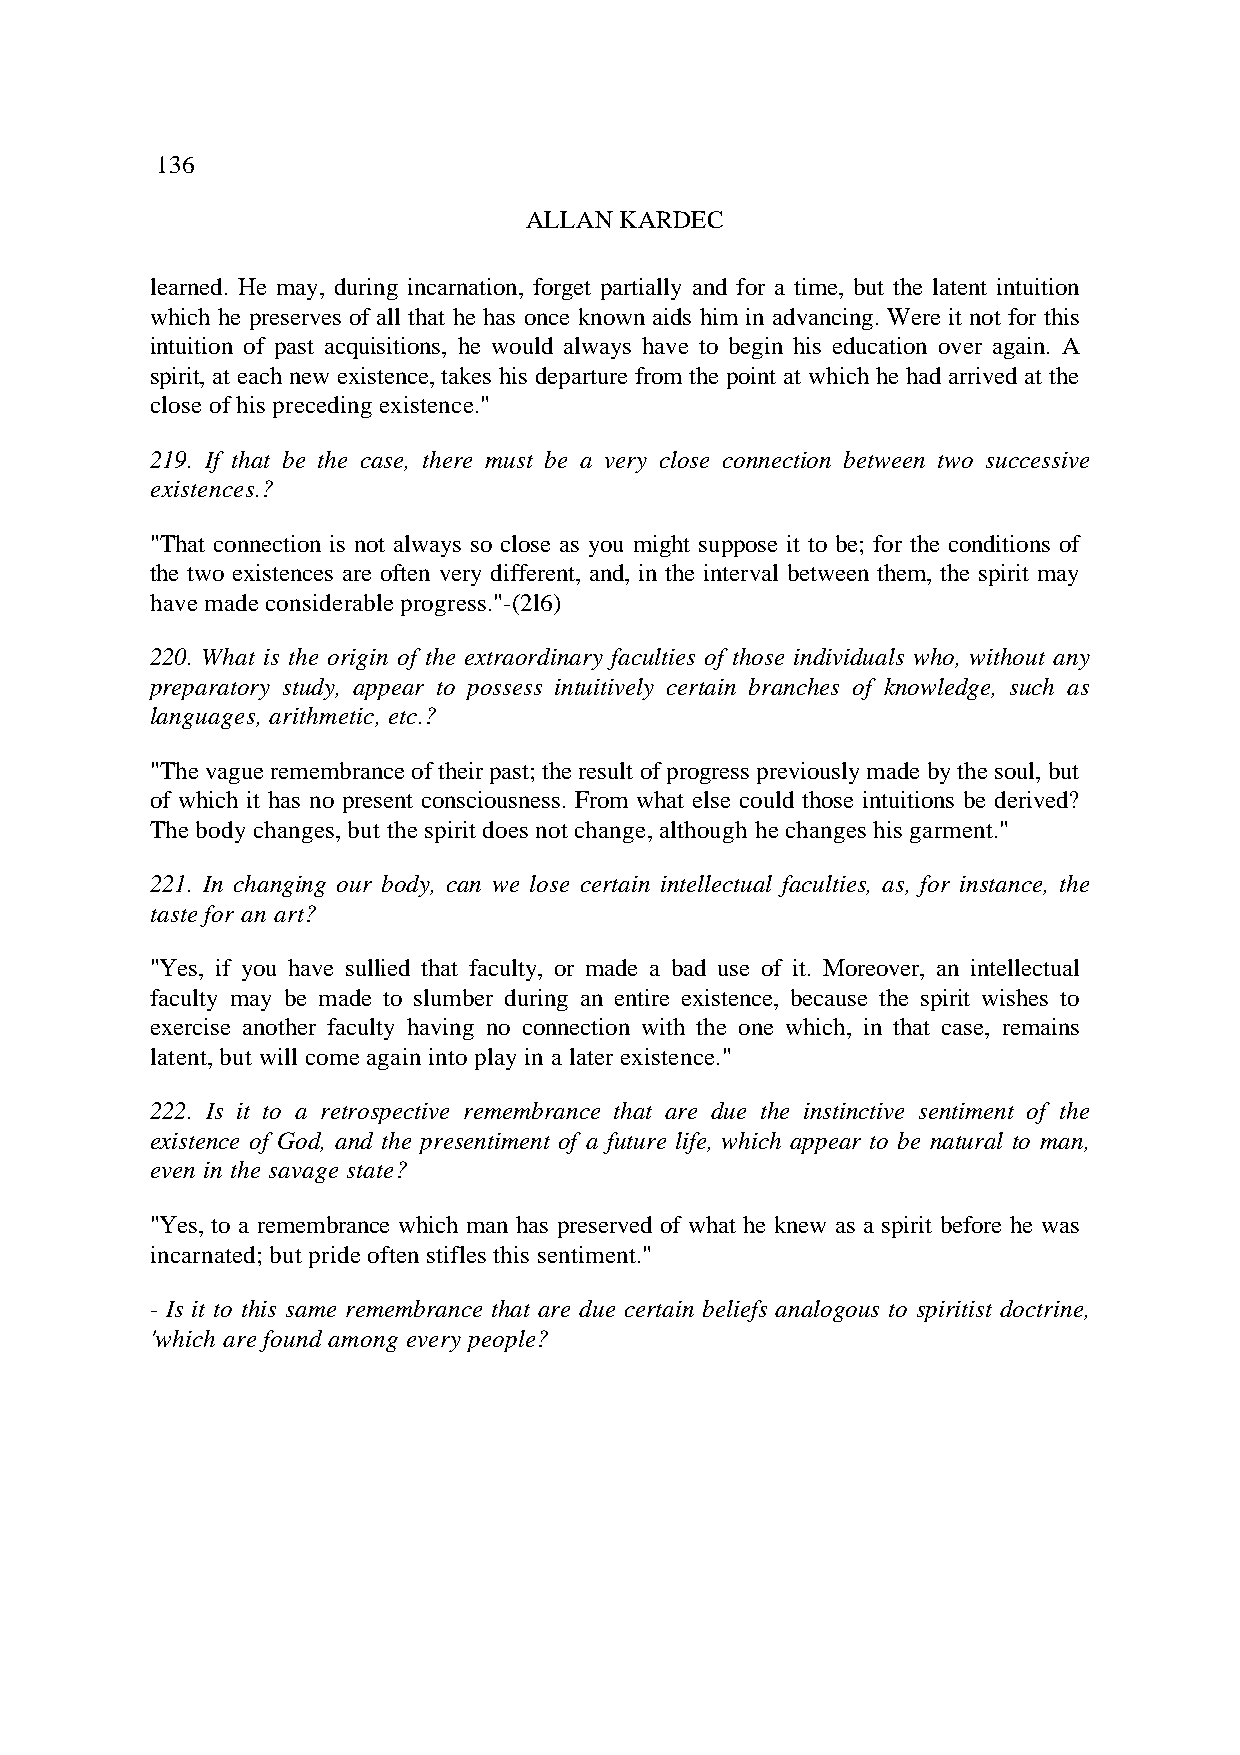
136
 ALLAN KARDEC
 learned. He may, during incarnation, forget partially and for a time, but the latent intuition
 which he preserves of all that he has once known aids him in advancing. Were it not for this
 intuition of past acquisitions, he would always have to begin his education over again. A
 spirit, at each new existence, takes his departure from the point at which he had arrived at the
 close of his preceding existence."
 219. If that be the case, there must be a very close connection between two successive
 existences.?
 "That connection is not always so close as you might suppose it to be; for the conditions of
 the two existences are often very different, and, in the interval between them, the spirit may
 have made considerable progress."-(2l6)
 220. What is the origin of the extraordinary faculties of those individuals who, without any
 preparatory study, appear to possess intuitively certain branches of knowledge, such as
 languages, arithmetic, etc.?
 "The vague remembrance of their past; the result of progress previously made by the soul, but
 of which it has no present consciousness. From what else could those intuitions be derived?
 The body changes, but the spirit does not change, although he changes his garment."
 221. In changing our body, can we lose certain intellectual faculties, as, for instance, the
 taste for an art?
 "Yes, if you have sullied that faculty, or made a bad use of it. Moreover, an intellectual
 faculty may be made to slumber during an entire existence, because the spirit wishes to
 exercise another faculty having no connection with the one which, in that case, remains
 latent, but will come again into play in a later existence."
 222. Is it to a retrospective remembrance that are due the instinctive sentiment of the
 existence of God, and the presentiment of a future life, which appear to be natural to man,
 even in the savage state?
 "Yes, to a remembrance which man has preserved of what he knew as a spirit before he was
 incarnated; but pride often stifles this sentiment."
 - Is it to this same remembrance that are due certain beliefs analogous to spiritist doctrine,
 'which are found among every people?